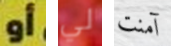
أو لي آمنت